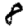
Digit: 8